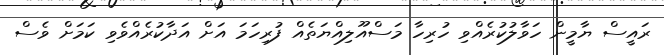
ރައީސް ޔާމީން ހަވާލުކުރެއްވި ހުރިހާ މަސްއޫލިއްޔަތެއް ފުރިހަމަ އަށް އަދާކުރެއްވެވި ކަމަށް ވެސް